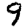
Digit: 9